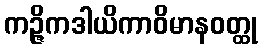
ကဉ္ဇိကဒါယိကာဝိမာနဝတ္ထု